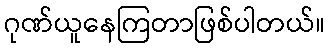
ဂုဏ်ယူနေကြတာဖြစ်ပါတယ်။